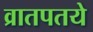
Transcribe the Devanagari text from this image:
व्रातपतये